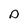
Character: p